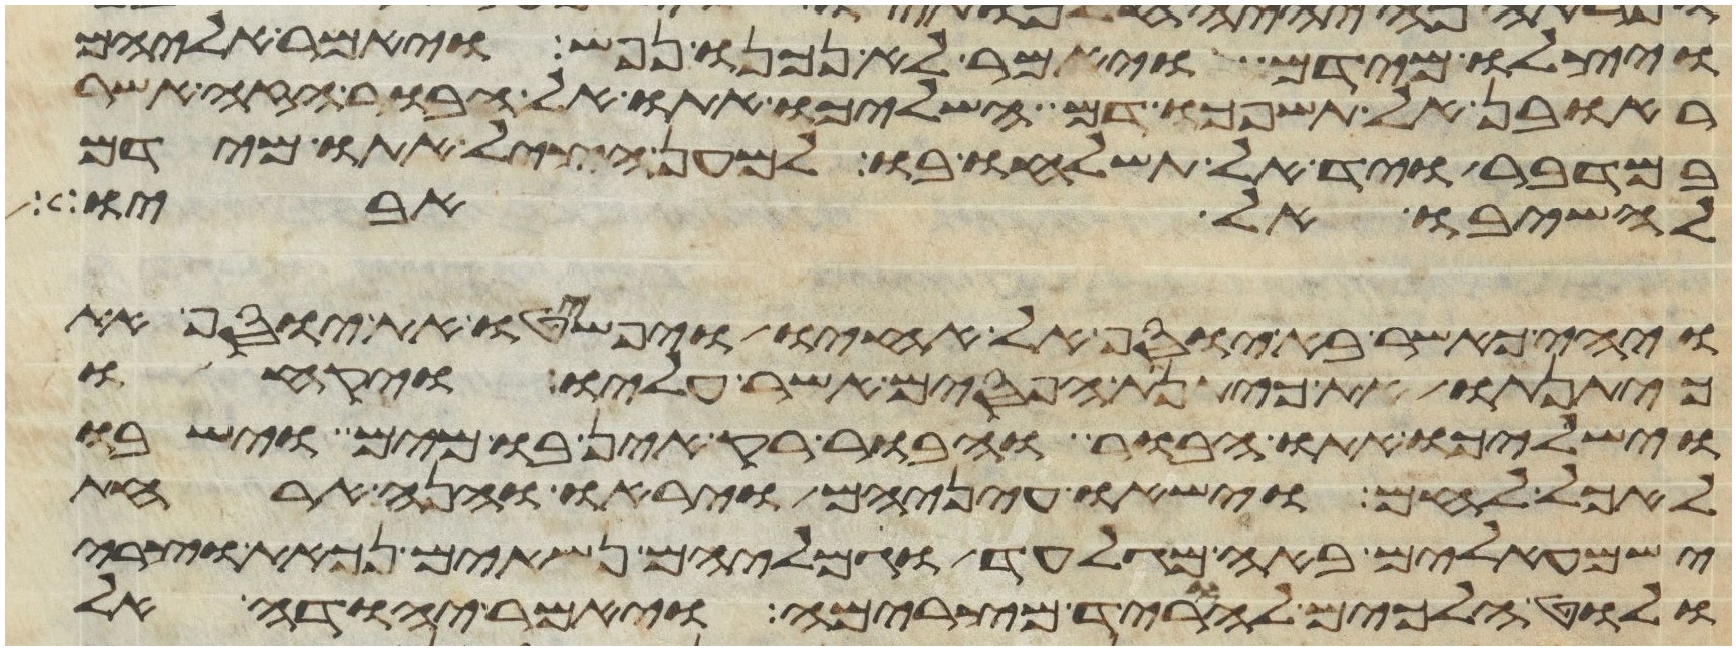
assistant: ויצלו מידם ויאמר לא נכנו נפש ויאמר אליהם
ראובן אל תשפכו דם השליכו אתו אל הבור הזה אשר
במדבר ויד אל תשלחו בו למען הציל אתו מידם
להשיבו אל אביו
ויהי כאשר בא יוסף אל אחיו ויפשטו את יוסף את
כיתנתו את כיתנת הפסים אשר עליו ויקחו
וישלכו אתו הבור והבור ריק אין בו מים וישבו
לאכל לחם וישאו עיניהם ויראו והנה ארחת
ישמעאלים באה מגלעד וגמליהם נשאים נכאת וצרי
ולוט הלכים להוריד מצרימה ויאמר יהודה אל